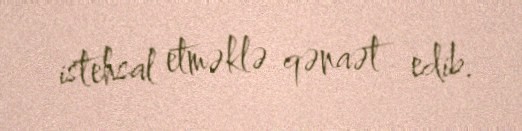
istehsal etməklə qənaət edib.